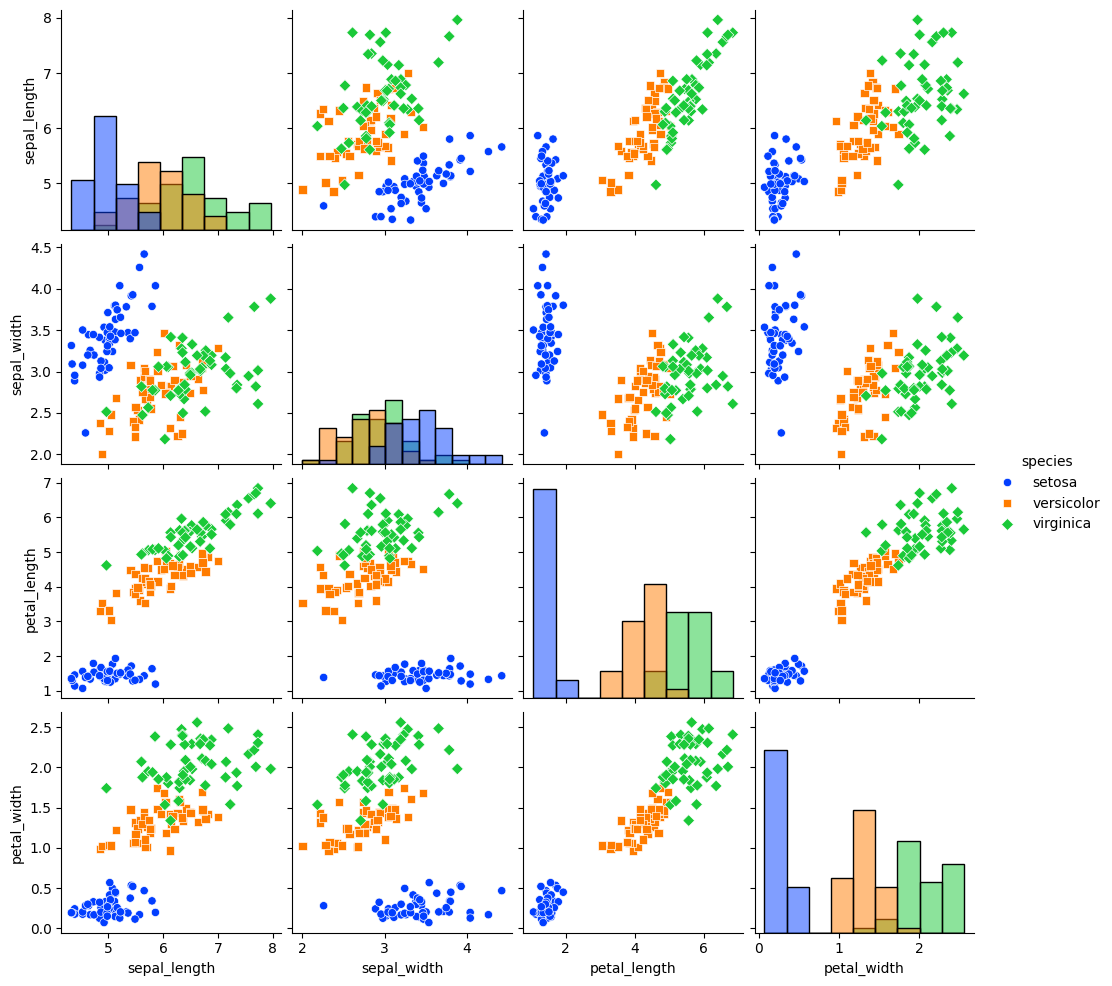
python, seaborn, pairplot, palette='bright', markers=['o', 's', 'D'], kind='scatter', diag_kind='hist'